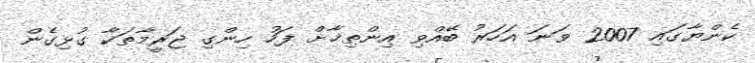
ކެންޔާގައި 2007 ވަނަ އަހަރު ބޭއްވި އިންތިޚާށް ފަހު ހިންގި ޖަރީމާތަކާ ގުޅިގެން